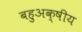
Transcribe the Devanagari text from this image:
बहुअक्षीय